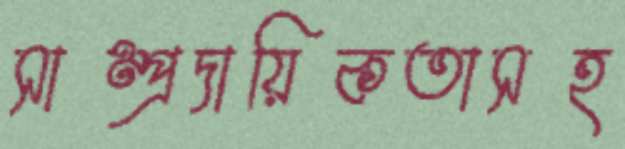
সাম্প্রদায়িকতাসহ